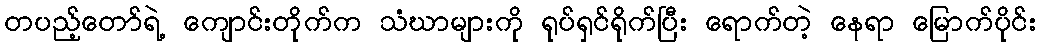
တပည့်တော်ရဲ့ ကျောင်းတိုက်က သံဃာများကို ရုပ်ရှင်ရိုက်ပြီး ရောက်တဲ့ နေရာ မြောက်ပိုင်း